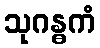
သုဂန္ဓကံ